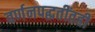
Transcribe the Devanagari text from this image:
वर्णनपद्धतींतही